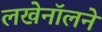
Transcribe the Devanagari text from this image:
लखेनॉलने